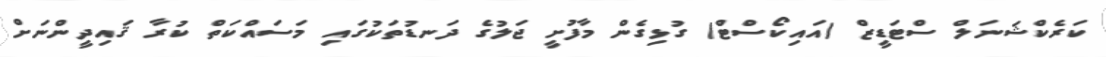
ކަރެކްޝަނަލް ސްޓަޑީޒް (އައިކޯސްޓް) ގުޅިގެން މާފުށީ ޖަލުގެ ދަނޑުތަކުގައި މަސައްކަތް ކުރާ ޤައިދީންނަށް